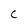
Character: C